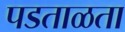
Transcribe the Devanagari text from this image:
पडताळता